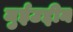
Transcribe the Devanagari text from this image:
मुईउद्दीन